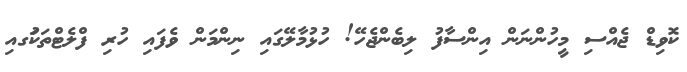
ކޮވިޑް ޖެއްސި މީހުންނަން އިންސާފު ލިބެންޖެހޭ! ހުޅުމާލޭގައި ނިންމަން ވެފައި ހުރި ފްލެޓްތަކުަގއި